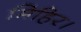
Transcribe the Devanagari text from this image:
मिहिर।